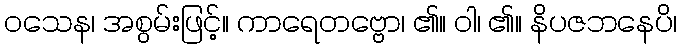
ဝသေန၊ အစွမ်းဖြင့်။ ကာရေတဗ္ဗော၊ ၏။ ဝါ၊ ၏။ နိပဇဘနေပိ၊